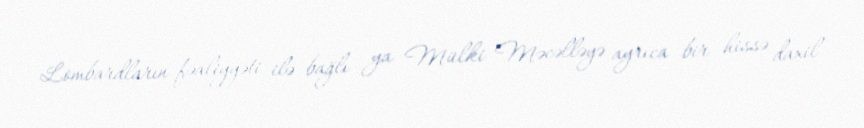
Lombardların fəaliyyəti ilə bağlı ya Mülki Məcəlləyə ayrıca bir hissə daxil